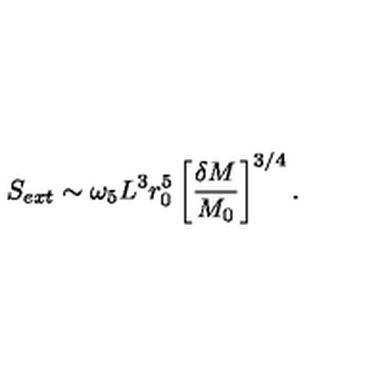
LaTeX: S _ { e x t } \sim \omega _ { 5 } L ^ { 3 } r _ { 0 } ^ { 5 } \left[ { \frac { \delta M } { M _ { 0 } } } \right] ^ { 3 / 4 } .